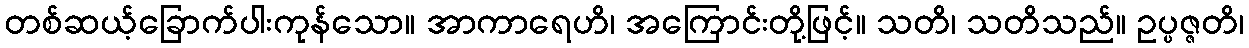
တစ်ဆယ့်ခြောက်ပါးကုန်သော။ အာကာရေဟိ၊ အကြောင်းတို့ဖြင့်။ သတိ၊ သတိသည်။ ဥပ္ပဇ္ဇတိ၊